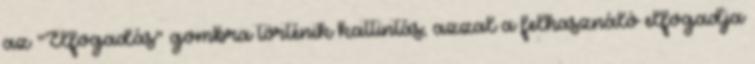
az "Elfogadás" gombra történik kattintás, azzal a felhasználó elfogadja